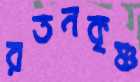
রতনকৃষ্ণ